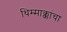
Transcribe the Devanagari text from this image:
थिम्माक्कांचा